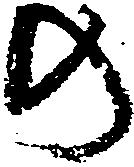
の